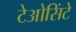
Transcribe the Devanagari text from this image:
टेओसिंटे